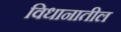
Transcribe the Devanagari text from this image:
विधानातील